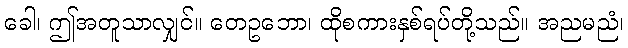
ခေါ၊ ဤအတူသာလျှင်။ တေဥဘော၊ ထိုစကားနှစ်ရပ်တို့သည်။ အညမညံ၊